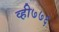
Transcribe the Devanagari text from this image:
व्ही७७६